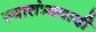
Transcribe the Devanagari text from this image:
स्वातंत्र्यवादी